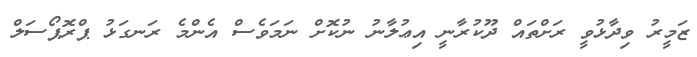
ޒަމީރު ވިދާޅުވީ ރަށްތައް ދޫކުރާނީ އިޢުލާނު ނުކޮށް ނަމަވެސް އެންމެ ރަނގަޅު ޕްރޮޕޯސަލް